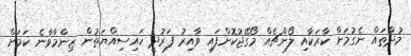
މުދާތައް ނެގުމަށް ކާރަކާއި ލޯންޗެއް މޯގޭޖުކޮށްފައި ވާއިރު ފަރުދީ ހައިސިއްޔަތުން ޒިންމާވާނެ ކަމަށް